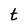
Character: t